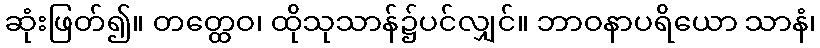
ဆုံးဖြတ်၍။ တတ္ထေဝ၊ ထိုသုသာန်၌ပင်လျှင်။ ဘာဝနာပရိယော သာနံ၊